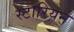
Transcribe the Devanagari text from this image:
स्टारियन